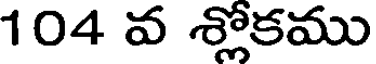
104 వ శ్లోకము